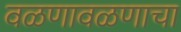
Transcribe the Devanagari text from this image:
वळणावळणाचा